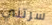
سرتني